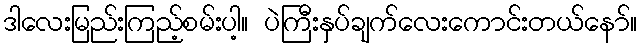
ဒါလေးမြည်းကြည့်စမ်းပါ့။ ပဲကြီးနှပ်ချက်လေးကောင်းတယ်နော်။